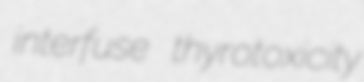
interfuse thyrotoxicity